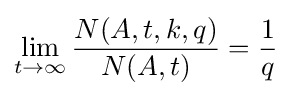
\lim _{t\to \infty }{\frac {N(A,t,k,q)}{N(A,t)}}={\frac {1}{q}}